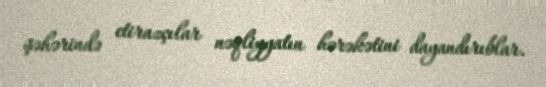
şəhərində etirazçılar nəqliyyatın hərəkətini dayandırıblar.